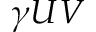
\gamma U V